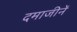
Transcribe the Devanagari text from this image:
दमाजीनें